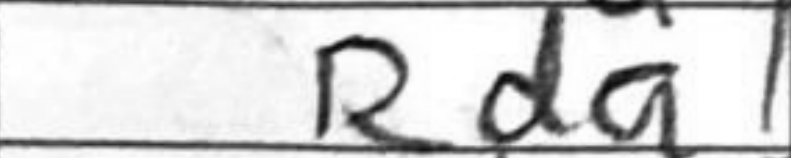
Transcription: Rda1